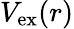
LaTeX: V_{\mathrm{ex}}(r)